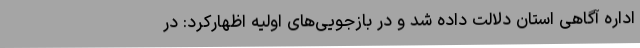
اداره آگاهی استان دلالت داده شد و در بازجویی‌های اولیه اظهارکرد: در